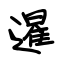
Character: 暹